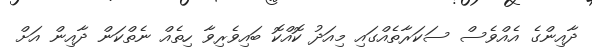
ދާއިންގެ އެއްވެސް ސަކަރާތެއްގައި މިއަދު ކޮއްކޮ ބައިވެރިވާ ހިތެއް ނެތްކަން ދާއިން އަށް